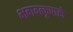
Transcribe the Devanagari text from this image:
भगवत्कृपासे